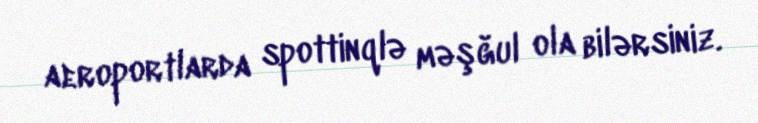
aeroportlarda spottinqlə məşğul ola bilərsiniz.